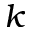
k